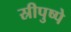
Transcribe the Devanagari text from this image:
स्रीपुष्पे